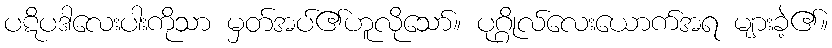
ပဋိပဒါလေးပါးကိုသာ မှတ်အပ်၏ဟူလိုသော်။ ပုဂ္ဂိုလ်လေးယောက်အရ များခဲ့၏။